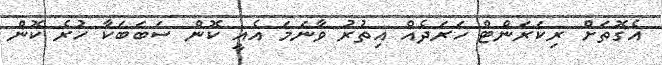
އެގޮތަށް ރިކަރަންޓް ހަރަދެއް އިތުރު ވާނަމަ އެއީ ކޮން ސަބަބަކާ ހުރެ ކޮން